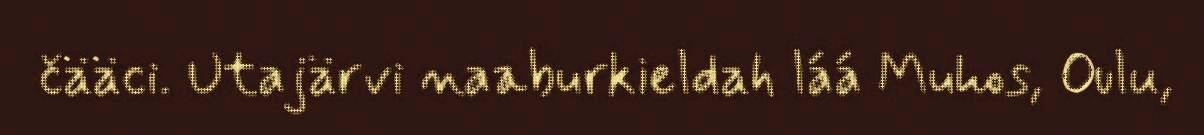
čääci. Utajärvi naaburkieldah láá Muhos, Oulu,